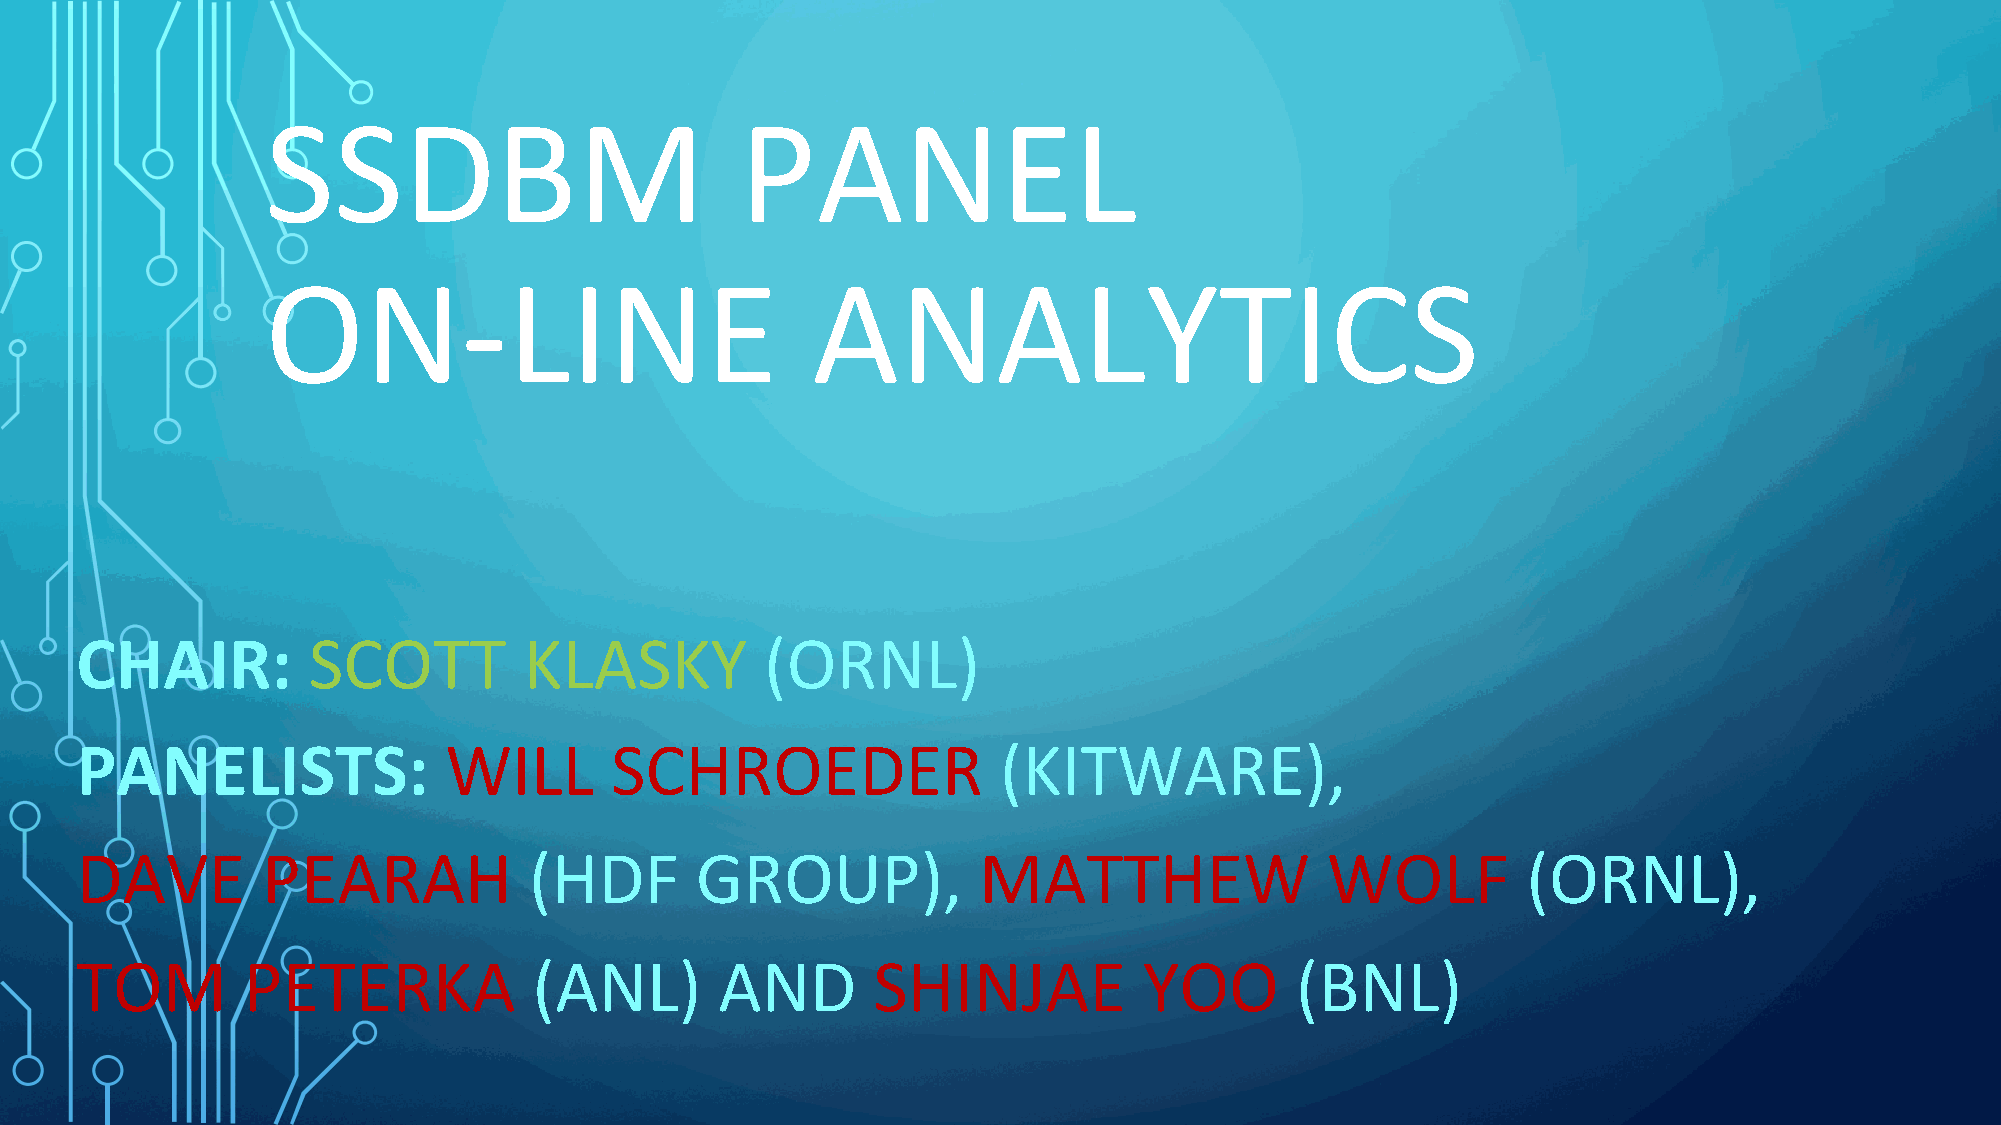
SSDBM                          PANEL
 ON-LINE                             ANALYTICS
 CHAIR:         SCOTT          KLASKY          (ORNL)
 PANELISTS:              WILL       SCHROEDER                 (KITWARE),
 DAVE        PEARAH            (HDF       GROUP),            MATTHEW                WOLF         (ORNL),
 TOM        PETERKA            (ANL)        AND       SHINJAE           YOO       (BNL)